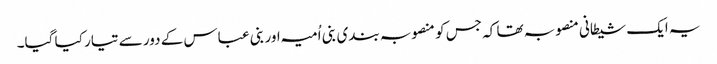
یہ ایک شیطانی منصوبہ تھا کہ جس کو منصوبہ بندی بنی اُمیہ اور بنی عباس کے دور سے تیار کیا گیا۔